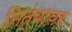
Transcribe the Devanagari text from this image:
नितंबावर